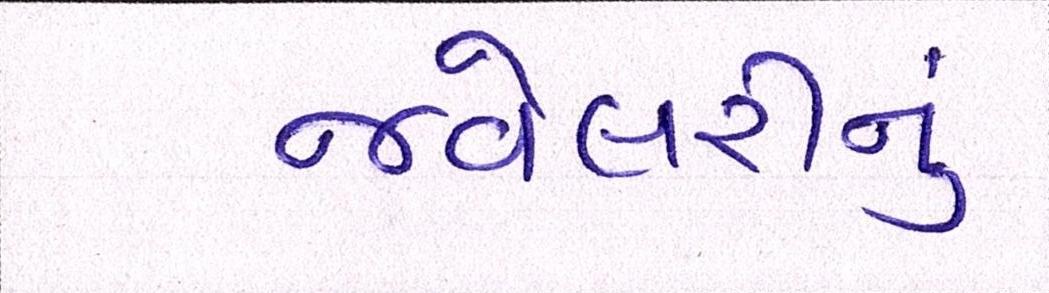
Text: જવેલરીનું